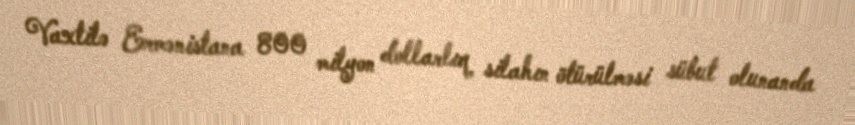
Vaxtilə Ermənistana 800 milyon dollarlıq silahın ötürülməsi sübut olunanda